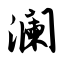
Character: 澜